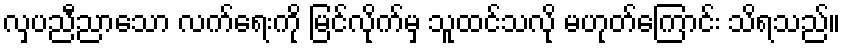
လှပညီညာသော လက်ရေးကို မြင်လိုက်မှ သူထင်သလို မဟုတ်ကြောင်း သိရသည်။